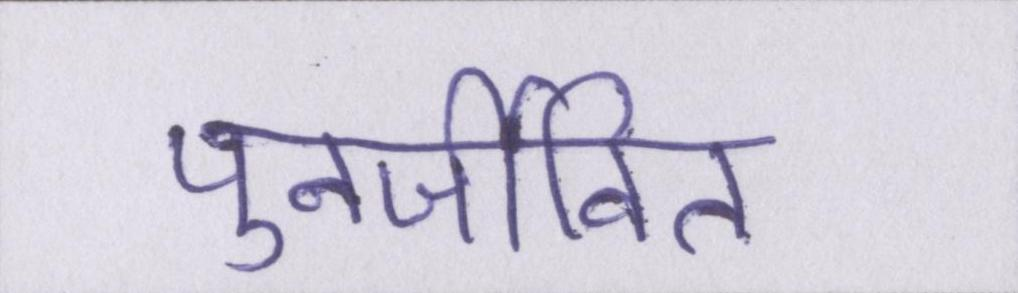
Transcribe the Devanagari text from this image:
पुनर्जीवित